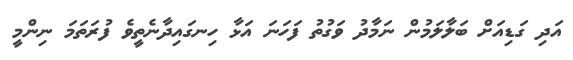
އަދި ގަޑިއަށް ބަލާލަމުން ނަމާދު ވަގުތު ފަހަނަ އަޅާ ހިނގައިދާނެތީވެ ފުރަތަމަ ނިންމީ